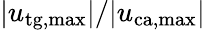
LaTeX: |u_{\mathrm{tg,max}}|/|u_{\mathrm{ca,max}}|